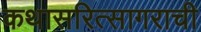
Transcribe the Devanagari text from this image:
कथासरित्सागराची